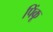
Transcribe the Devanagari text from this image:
पिंकू